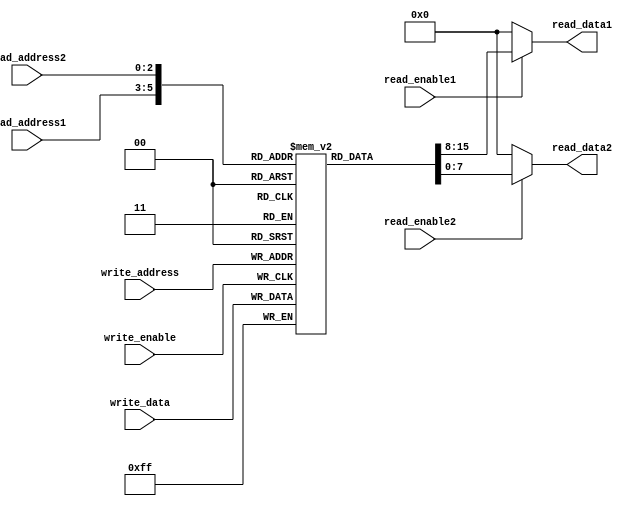
module dual_port_RAM (
    input wire [7:0] write_data,
    input wire [2:0] write_address,
    input wire write_enable,
    output wire [7:0] read_data1,
    input wire [2:0] read_address1,
    input wire read_enable1,
    output wire [7:0] read_data2,
    input wire [2:0] read_address2,
    input wire read_enable2
);

reg [7:0] mem [0:7];

always @ (posedge write_enable)
begin
    if (write_enable)
        mem[write_address] <= write_data;
end

assign read_data1 = read_enable1 ? mem[read_address1] : 8'b0;
assign read_data2 = read_enable2 ? mem[read_address2] : 8'b0;

endmodule